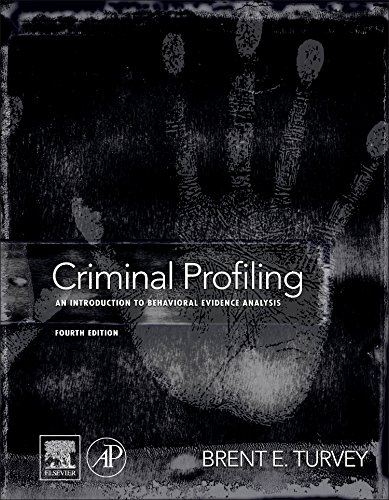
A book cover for Criminal Profiling, Fourth Edition: An Introduction to Behavioral Evidence Analysis; Brent E. Turvey; Medical Books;